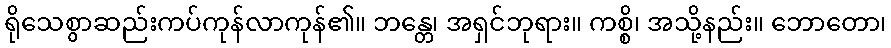
ရိုသေစွာဆည်းကပ်ကုန်လာကုန်၏။ ဘန္တေ၊ အရှင်ဘုရား။ ကစ္စိ၊ အသို့နည်း။ ဘောတော၊